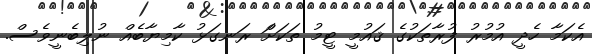
އެކަމާ ހެދީ އުމުރު ފުރާތަކުގެ ޤައުމީ ޓީމު ތަކަށަް ރަނގަޅު ކާމިޔާބެއް ނުލިބެނީވެސް.